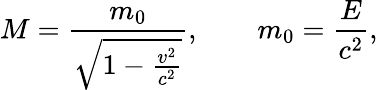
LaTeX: M={\frac{m_{0}}{\sqrt{1-{\frac{v^{2}}{c^{2}}}}}},\qquad m_{0}={\frac{E}{c^{2}}},